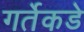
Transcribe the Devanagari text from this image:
गर्तेकडे